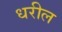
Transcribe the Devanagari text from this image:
धरील